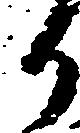
り